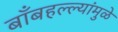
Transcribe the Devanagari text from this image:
बाँबहल्ल्यांमुळे